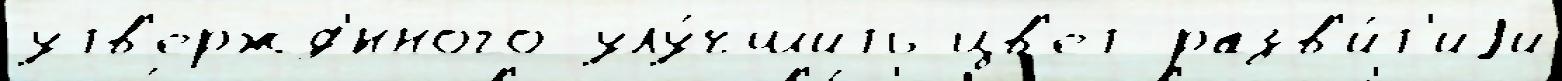
утв'ержд'́нного улу́чшить цв'ет разв'и́т'иjи